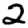
Digit: 2